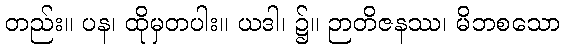
တည်း။ ပန၊ ထိုမှတပါး။ ယဒါ၊ ၌။ ဉာတိဇနဿ၊ မိဘစသော